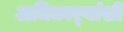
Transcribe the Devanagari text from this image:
अधिकार्‍यांशी